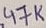
Text: 47K